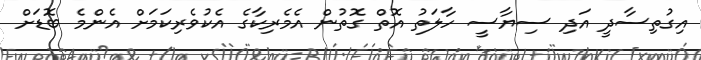
އިގުތިސާދީ އަދި ސިޔާސީ ހާލަތު އޮތް ގޮތުން އެމެރިކާގެ އެކުވެރިކަމަށް އެންމެ ބޮޑަށް